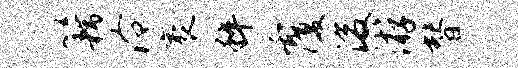
籍泠袤粹覆浚游替